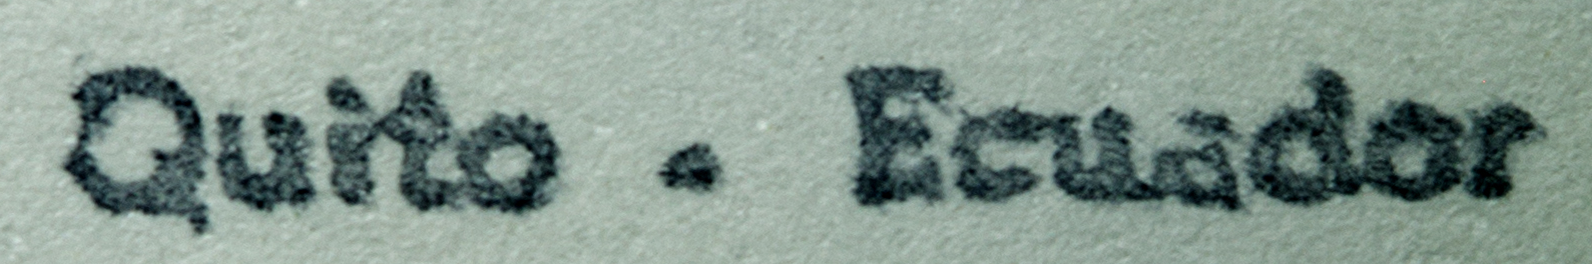
Quito . Ecuador